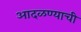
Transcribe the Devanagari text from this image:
आदळण्याची